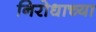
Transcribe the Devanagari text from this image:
निरोधाच्या